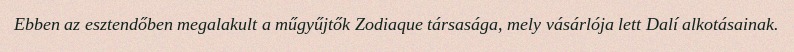
Ebben az esztendőben megalakult a műgyűjtők Zodiaque társasága, mely vásárlója lett Dalí alkotásainak.